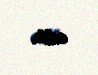
edir.